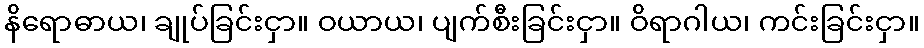
နိရောဓာယ၊ ချုပ်ခြင်းငှာ။ ဝယာယ၊ ပျက်စီးခြင်းငှာ။ ဝိရာဂါယ၊ ကင်းခြင်းငှာ။